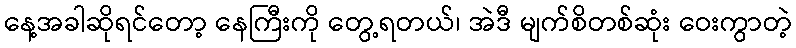
နေ့အခါဆိုရင်တော့ နေကြီးကို တွေ့ရတယ်၊ အဲဒီ မျက်စိတစ်ဆုံး ဝေးကွာတဲ့